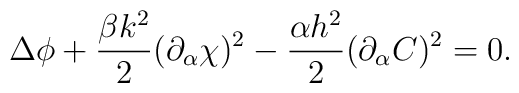
\Delta \phi +\frac{\beta k ^{2}}{2}(\partial _{\alpha}  \chi  )^{2}- \frac{\alpha  h^{2}}{2}(\partial _{\alpha} C )^{2}=0.